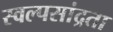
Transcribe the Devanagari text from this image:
स्वल्पसांद्रता